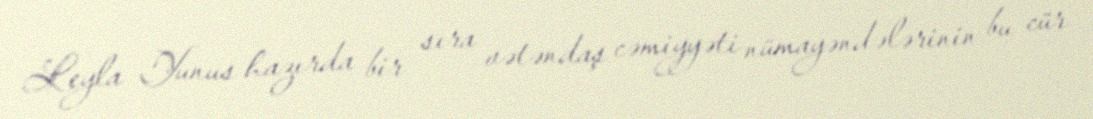
Leyla Yunus hazırda bir sıra vətəndaş cəmiyyəti nümayəndələrinin bu cür